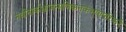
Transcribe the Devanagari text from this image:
नवीनार्कभ्राजन्मणिकनकभूषापरिकरै